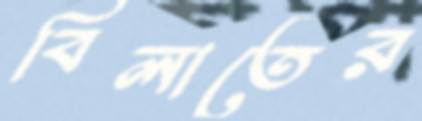
বিলাতের